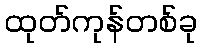
ထုတ်ကုန်တစ်ခု